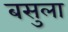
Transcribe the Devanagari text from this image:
बसुला